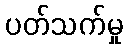
ပတ်သက်မှု